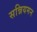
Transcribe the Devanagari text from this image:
सन्नियमन